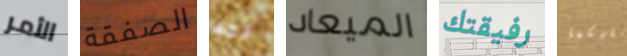
الأمر الصفقة لقد الميعاد رفيقتك لكليكما